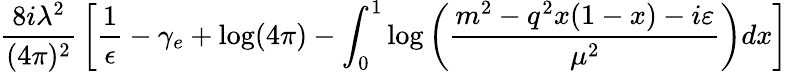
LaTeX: {\frac{8i\lambda^{2}}{(4\pi)^{2}}}\left[\frac{1}{\epsilon}-\gamma_{e}+\log(4\pi)-\int_{0}^{1}\log\left({\frac{m^{2}-q^{2}x(1-x)-i\varepsilon}{\mu^{2}}}\right)dx\right]